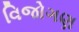
વિજોગણ